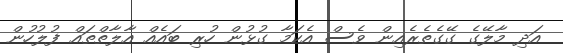
އަދި މާލޭގެ ގޭގެތެރެއިން ވެސް އެކަމާ ގުޅުން ހުރި ބައެއް އާލާތްތައް ފުލުހުން